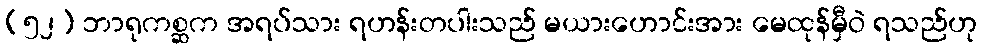
(၅၂) ဘာရုကစ္ဆက အရပ်သား ရဟန်းတပါးသည် မယားဟောင်းအား မေထုန်မှီဝဲ ရသည်ဟု